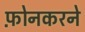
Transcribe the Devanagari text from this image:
फ़ोनकरने